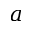
a